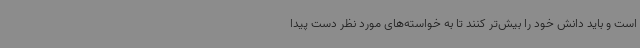
است و باید دانش خود را بیش‌تر کنند تا به خواسته‌های مورد نظر دست پیدا